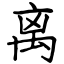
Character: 离